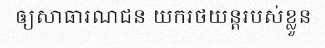
ឲ្យសាធារណជន យករថយន្តរបស់ខ្លួន